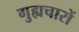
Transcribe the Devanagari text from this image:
गुह्यचारों